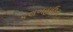
કલબહાઉસ